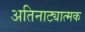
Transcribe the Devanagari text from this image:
अतिनाट्यात्मक